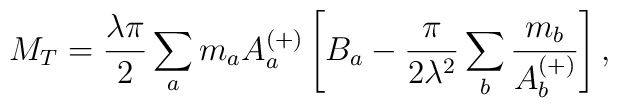
M_T = \frac{\lambda\pi}{2} \sum_a m_a A_a^{(+)} \left[ B_a  - \frac{\pi}{2\lambda^2} \sum_b \frac{m_b}{A_b^{(+)}} \right],